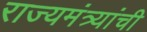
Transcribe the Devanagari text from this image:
राज्यमंत्र्यांची